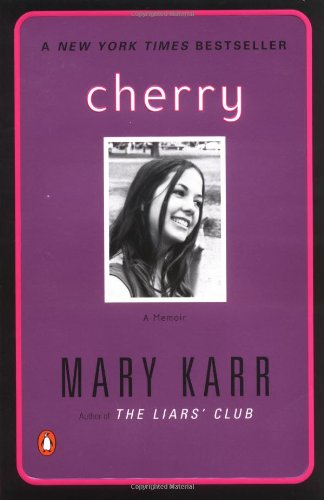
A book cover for Cherry; Mary Karr; Literature & Fiction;